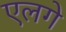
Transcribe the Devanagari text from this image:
एलगे